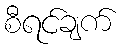
စီရင်ချက်